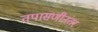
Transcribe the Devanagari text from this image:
तपासणीनंतर